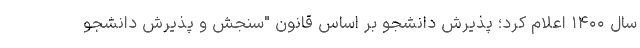
سال ۱۴۰۰ اعلام کرد؛ پذیرش دانشجو بر اساس قانون "سنجش و پذیرش دانشجو